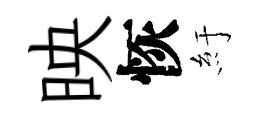
映恢紆